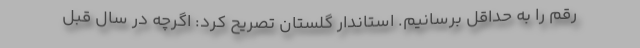
رقم را به حداقل برسانیم. استاندار گلستان تصریح کرد: اگرچه در سال قبل